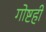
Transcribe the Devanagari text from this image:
गोष्टही